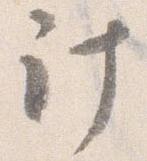
計